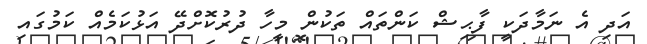
އަދި އެ ނަމާދަކީ ފާޙިޝް ކަންތައް ތަކުން މީހާ ދުރުކޮށްދޭ އަޅުކަމެއް ކަމުގައި